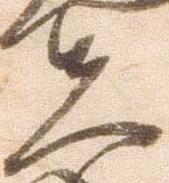
夫